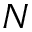
N